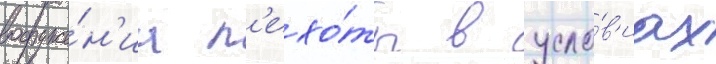
вооруже́н'иа п'ехо́ты в усло́в'иах